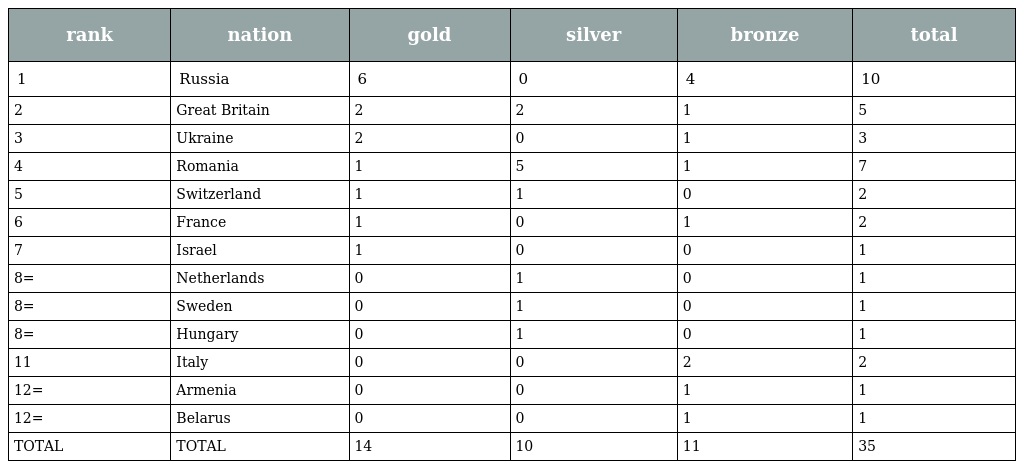
| rank | nation | gold | silver | bronze | total |
 | --- | --- | --- | --- | --- | --- |
 | 1 | Russia | 6 | 0 | 4 | 10 |
 | 2 | Great Britain | 2 | 2 | 1 | 5 |
 | 3 | Ukraine | 2 | 0 | 1 | 3 |
 | 4 | Romania | 1 | 5 | 1 | 7 |
 | 5 | Switzerland | 1 | 1 | 0 | 2 |
 | 6 | France | 1 | 0 | 1 | 2 |
 | 7 | Israel | 1 | 0 | 0 | 1 |
 | 8= | Netherlands | 0 | 1 | 0 | 1 |
 | 8= | Sweden | 0 | 1 | 0 | 1 |
 | 8= | Hungary | 0 | 1 | 0 | 1 |
 | 11 | Italy | 0 | 0 | 2 | 2 |
 | 12= | Armenia | 0 | 0 | 1 | 1 |
 | 12= | Belarus | 0 | 0 | 1 | 1 |
 | TOTAL | TOTAL | 14 | 10 | 11 | 35 |